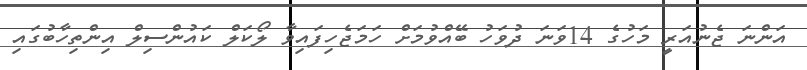
އަންނަ ޖެނުއަރީ މަހުގެ 14ވަނަ ދުވަހު ބޭއްވުމަށް ހަމަޖެހިފައިވާ ލޯކަލް ކައުންސިލް އިންތިހާބުގައި